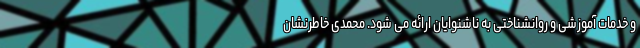
و خدمات آموزشی و روانشناختی به ناشنوایان ارائه می شود. محمدی خاطرنشان